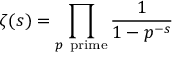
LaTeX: \zeta ( s ) = \prod _ { p { \mathrm { ~ p r i m e } } } { \frac { 1 } { 1 - p ^ { - s } } }